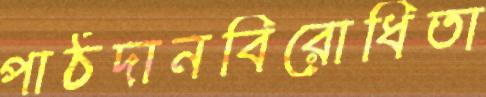
পাঠদানবিরোধিতা